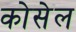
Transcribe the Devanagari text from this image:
कोसेल